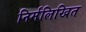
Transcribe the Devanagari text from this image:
निर्मलिखित